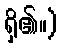
ရှိ၏။)